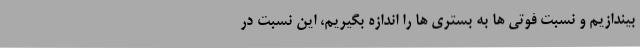
بیندازیم و نسبت فوتی ها به بستری ها را اندازه بگیریم، این نسبت در